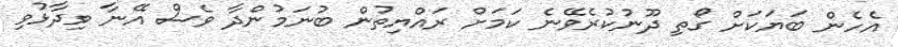
އެހެން ބަޔަކަށް ގޯތި ދޫނުކުރެވޭނެ ކަމަށް ރައްޔިތުން ބުނަމުންދާ ވެސް އޭނާ ވިދާޅުވި